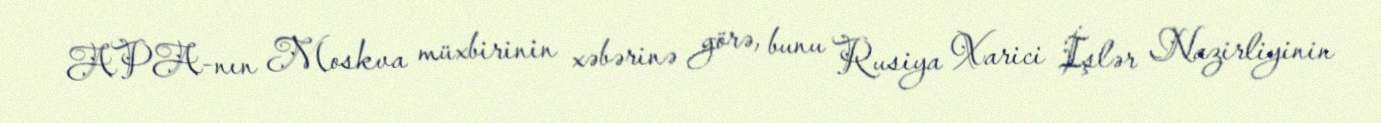
APA-nın Moskva müxbirinin xəbərinə görə, bunu Rusiya Xarici İşlər Nazirliyinin